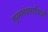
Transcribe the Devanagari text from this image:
मुखमंडपाऐवजी